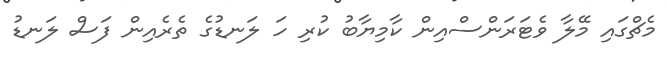
މެޗްގައި މޭލާ ވެޓަރަންސްއިން ކާމިޔާބު ކުރި ހަ ލަނޑުގެ ތެރެއިން ފަސް ލަނޑު